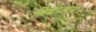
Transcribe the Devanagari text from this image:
बिद्यालय।